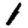
Digit: 1